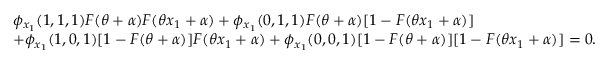
\begin{array} { r l } & { \phi _ { x _ { 1 } } ( 1 , 1 , 1 ) F ( \theta + \alpha ) F ( \theta x _ { 1 } + \alpha ) + \phi _ { x _ { 1 } } ( 0 , 1 , 1 ) F ( \theta + \alpha ) [ 1 - F ( \theta x _ { 1 } + \alpha ) ] } \\ & { + \phi _ { x _ { 1 } } ( 1 , 0 , 1 ) [ 1 - F ( \theta + \alpha ) ] F ( \theta x _ { 1 } + \alpha ) + \phi _ { x _ { 1 } } ( 0 , 0 , 1 ) [ 1 - F ( \theta + \alpha ) ] [ 1 - F ( \theta x _ { 1 } + \alpha ) ] = 0 . } \end{array}